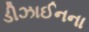
ડીઝાઈનના